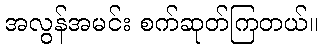
အလွန်အမင်း စက်ဆုတ်ကြတယ်။